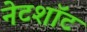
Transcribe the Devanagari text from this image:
नेटशॉट